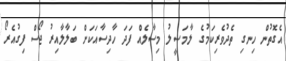
އެގޮތުން ހިނގި ތެދުވެރިކަމުގެ ލާމަސީލު މިސާލެއް ފަދަ ހާދިސާއަކަށް ބަލާލާއިރު ޖޯސް ފިގުއެރޯ